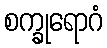
စက္ခုရောဂံ